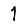
Digit: 1